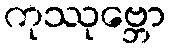
ကုဿုဗ္ဘော